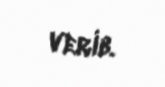
verib.